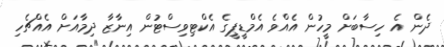
ދެން އެ ހިސާބަށް މީހުން އެއްވެ އެމްޑީޕީގެ އެކްޓިވިސްޓުން އިނާޒާ ދިމާއަށް އެއްޗެހި